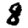
Digit: 8